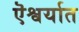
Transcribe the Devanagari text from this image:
ऎश्वर्यात